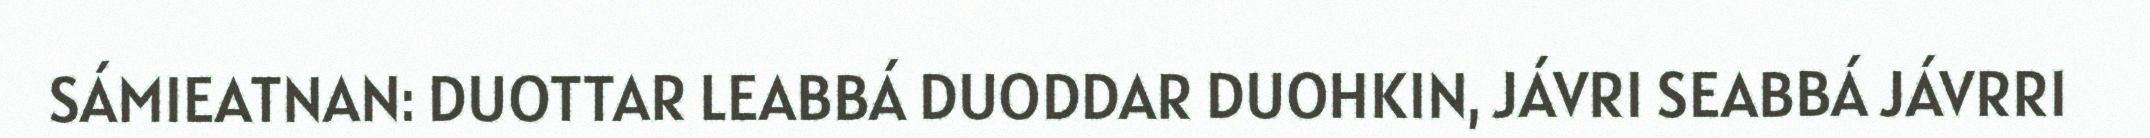
SÁMIEATNAN: DUOTTAR LEABBÁ DUODDAR DUOHKIN, JÁVRI SEABBÁ JÁVRRI